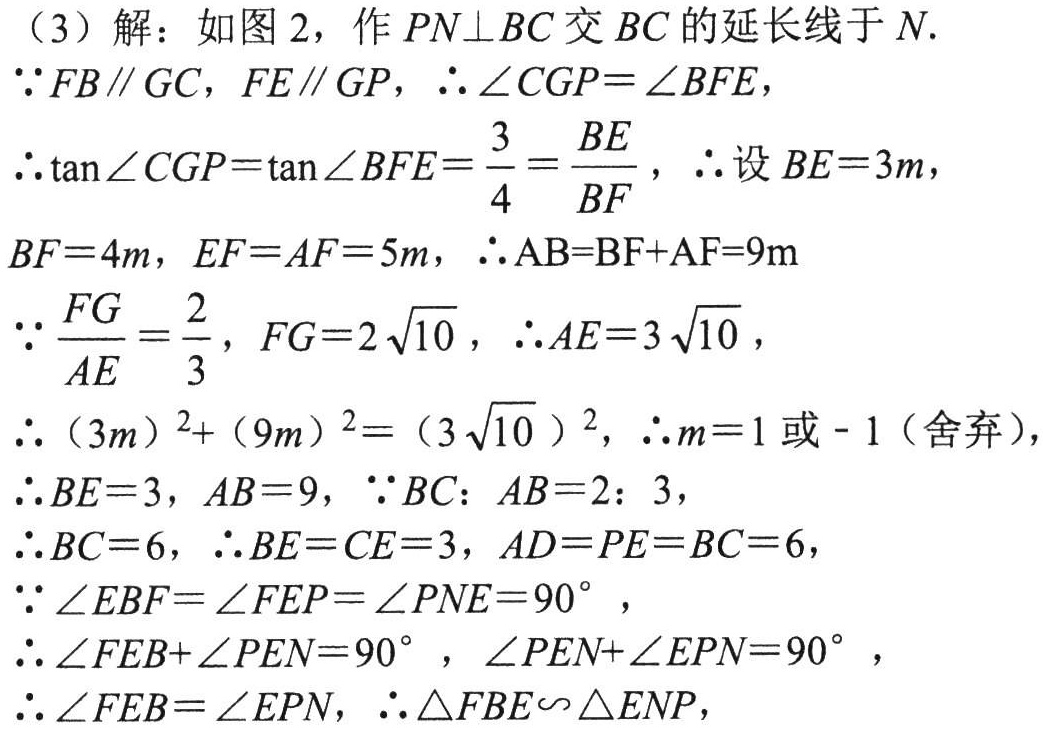
(3) 解：如图 2，作 \(PN\perp BC\) 交 \(BC\) 的延长线于 \(N\).
\(\because FB\parallel GC\)，\(FE\parallel GP\)，\(\therefore\angle CGP = \angle BFE\)，
\(\therefore\tan\angle CGP=\tan\angle BFE=\dfrac{3}{4}=\dfrac{BE}{BF}\)，\(\therefore\)设 \(BE = 3m\)，
\(BF = 4m\)，\(EF = AF = 5m\)，\(\therefore AB=BF + AF = 9m\)
\(\because\dfrac{FG}{AE}=\dfrac{2}{3}\)，\(FG = 2\sqrt{10}\)，\(\therefore AE = 3\sqrt{10}\)，
\(\therefore(3m)^{2}+(9m)^{2}=(3\sqrt{10})^{2}\)，\(\therefore m = 1\) 或 \(- 1\)（舍弃），
\(\therefore BE = 3\)，\(AB = 9\)，\(\because BC:AB = 2:3\)，
\(\therefore BC = 6\)，\(\therefore BE = CE = 3\)，\(AD = PE = BC = 6\)，
\(\because\angle EBF=\angle FEP=\angle PNE = 90^{\circ}\)，
\(\therefore\angle FEB+\angle PEN = 90^{\circ}\)，\(\angle PEN+\angle EPN = 90^{\circ}\)，
\(\therefore\angle FEB=\angle EPN\)，\(\therefore\triangle FBE\backsim\triangle ENP\)，